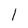
Character: 1